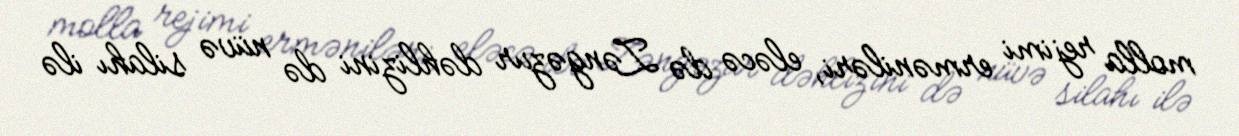
molla rejimi erməniləri, eləcə də Zəngəzur dəhlizini də nüvə silahı ilə